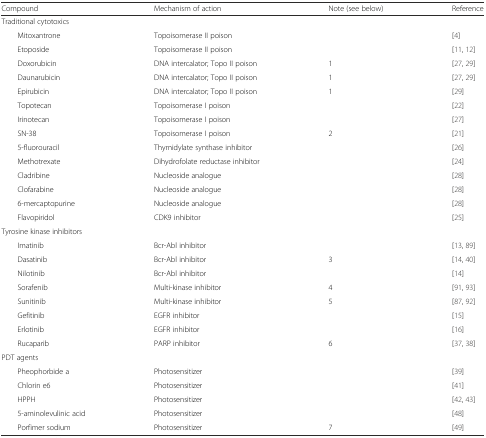
<table><thead><tr><td><b>Compound</b></td><td><b>Mechanism of action</b></td><td><b>Note (see below)</b></td><td><b>Reference</b></td></tr></thead><tbody><tr><td colspan="4">Traditional cytotoxics</td></tr><tr><td>Mitoxantrone</td><td>Topoisomerase II poison</td><td></td><td>[4]</td></tr><tr><td>Etoposide</td><td>Topoisomerase II poison</td><td></td><td>[11, 12]</td></tr><tr><td>Doxorubicin</td><td>DNA intercalator; Topo II poison</td><td>1</td><td>[27, 29]</td></tr><tr><td>Daunarubicin</td><td>DNA intercalator; Topo II poison</td><td>1</td><td>[27, 29]</td></tr><tr><td>Epirubicin</td><td>DNA intercalator; Topo II poison</td><td>1</td><td>[29]</td></tr><tr><td>Topotecan</td><td>Topoisomerase I poison</td><td></td><td>[22]</td></tr><tr><td>Irinotecan</td><td>Topoisomerase I poison</td><td></td><td>[27]</td></tr><tr><td>SN-38</td><td>Topoisomerase I poison</td><td>2</td><td>[21]</td></tr><tr><td>5-fluorouracil</td><td>Thymidylate synthase inhibitor</td><td></td><td>[26]</td></tr><tr><td>Methotrexate</td><td>Dihydrofolate reductase inhibitor</td><td></td><td>[24]</td></tr><tr><td>Cladribine</td><td>Nucleoside analogue</td><td></td><td>[28]</td></tr><tr><td>Clofarabine</td><td>Nucleoside analogue</td><td></td><td>[28]</td></tr><tr><td>6-mercaptopurine</td><td>Nucleoside analogue</td><td></td><td>[28]</td></tr><tr><td>Flavopiridol</td><td>CDK9 inhibitor</td><td></td><td>[25]</td></tr><tr><td colspan="4">Tyrosine kinase inhibitors</td></tr><tr><td>Imatinib</td><td>Bcr-Abl inhibitor</td><td></td><td>[13, 89]</td></tr><tr><td>Dasatinib</td><td>Bcr-Abl inhibitor</td><td>3</td><td>[14, 40]</td></tr><tr><td>Nilotinib</td><td>Bcr-Abl inhibitor</td><td></td><td>[14]</td></tr><tr><td>Sorafenib</td><td>Multi-kinase inhibitor</td><td>4</td><td>[91, 93]</td></tr><tr><td>Sunitinib</td><td>Multi-kinase inhibitor</td><td>5</td><td>[87, 92]</td></tr><tr><td>Gefitinib</td><td>EGFR inhibitor</td><td></td><td>[15]</td></tr><tr><td>Erlotinib</td><td>EGFR inhibitor</td><td></td><td>[16]</td></tr><tr><td>Rucaparib</td><td>PARP inhibitor</td><td>6</td><td>[37, 38]</td></tr><tr><td colspan="4">PDT agents</td></tr><tr><td>Pheophorbide a</td><td>Photosensitizer</td><td></td><td>[39]</td></tr><tr><td>Chlorin e6</td><td>Photosensitizer</td><td></td><td>[41]</td></tr><tr><td>HPPH</td><td>Photosensitizer</td><td></td><td>[42, 43]</td></tr><tr><td>5-aminolevulinic acid</td><td>Photosensitizer</td><td></td><td>[48]</td></tr><tr><td>Porfimer sodium</td><td>Photosensitizer</td><td>7</td><td>[49]</td></tr></tbody></table>